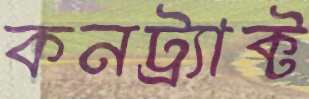
কনট্র্যাক্ট